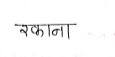
मजकूर: रकाना